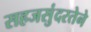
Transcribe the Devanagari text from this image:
सहजसुंदरतेने